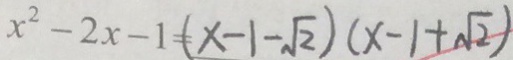
x ^ { 2 } - 2 x - 1 = ( x - 1 - \sqrt { 2 } ) ( x - 1 + \sqrt { 2 } )